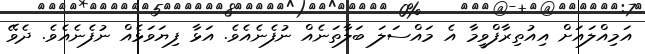
އަމިއްލައަށް އިއުތިރާފްވީމާ އެ މައްސަލަ ބަލާތަނެއް ނުފެނެއެވެ. އަޅާ ފިޔަވަޅެއް ނުފެނެއެވެ. ދެވޭ